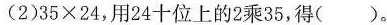
（2）35\times 24,用24十位上的2乘35，得（ ）。